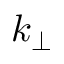
k _ { \perp }